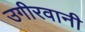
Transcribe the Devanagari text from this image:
उगीरवानी